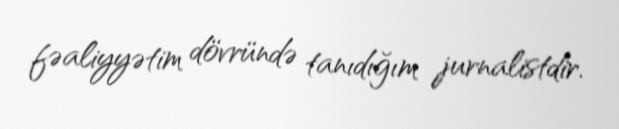
fəaliyyətim dövründə tanıdığım jurnalistdir.